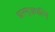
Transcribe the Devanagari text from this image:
धरम्अपत्नि